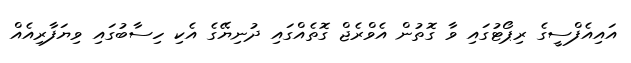
އައިއެފްސީގެ ރިޕޯޓުގައި ވާ ގޮތުން އެވްރެޖް ގޮތެއްގައި ދުނިޔޭގެ އެކި ހިސާބުގައި ވިޔަފާރިއެއް